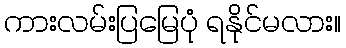
ကားလမ်းပြမြေပုံ ရနိုင်မလား။